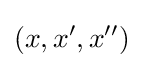
(x,x',x'')